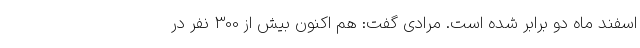
اسفند ماه دو برابر شده است. مرادی گفت: هم اکنون بیش از 300 نفر در